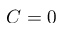
C = 0